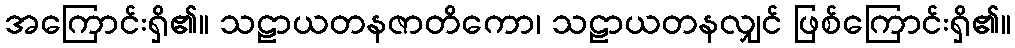
အကြောင်းရှိ၏။ သဠာယတနဇာတိကော၊ သဠာယတနလျှင် ဖြစ်ကြောင်းရှိ၏။